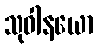
သုဝါနယော